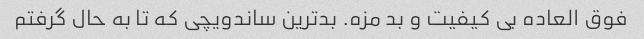
فوق العاده بی کیفیت و بد مزه. بدترین ساندویچی که تا به حال گرفتم